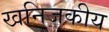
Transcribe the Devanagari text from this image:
खनिजकीय